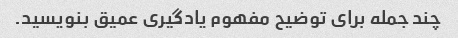
چند جمله برای توضیح مفهوم یادگیری عمیق بنویسید.